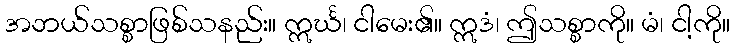
အဘယ်သစ္စာဖြစ်သနည်း။ ဣင်္ဃ၊ ငါမေး၏။ ဣဒံ၊ ဤသစ္စာကို။ မံ၊ ငါ့ကို။